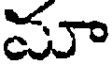
మూ